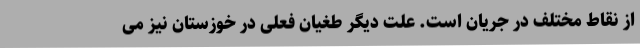
از نقاط مختلف در جریان است. علت دیگر طغیان فعلی در خوزستان نیز می